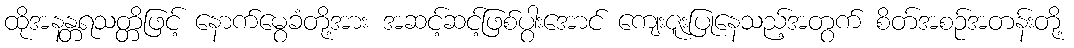
ထိုအနန္တရသတ္တိဖြင့် နောက်မွေခံတို့အား အဆင့်ဆင့်ဖြစ်ပွါးအောင် ကျေးဇူးပြုနေသည့်အတွက် စိတ်အစဉ်အတန်းတို့